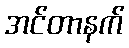
အင်တာနက်